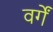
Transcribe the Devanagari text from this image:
वर्गें